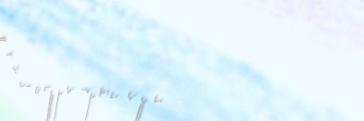
نحن نقدم خدمات الترجمة ال